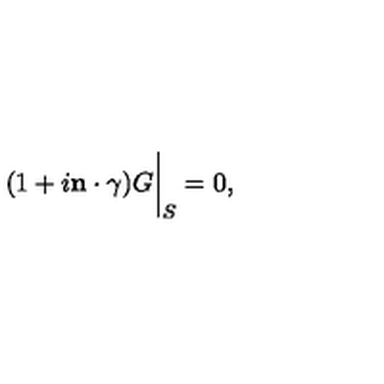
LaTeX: ( 1 + i { \bf n } \cdot \mathrm { \boldmath { \gamma } } ) G \bigg | _ { S } = 0 ,